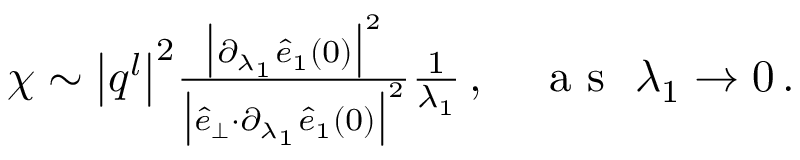
\begin{array} { r } { \chi \sim \big \vert \boldsymbol { q } ^ { l } \big \vert ^ { 2 } \frac { \big \vert \partial _ { \lambda _ { 1 } } \hat { e } _ { 1 } ( 0 ) \big \vert ^ { 2 } } { \big \vert \hat { e } _ { \perp } { \cdot } \partial _ { \lambda _ { 1 } } \hat { e } _ { 1 } ( 0 ) \big \vert ^ { 2 } } \frac { 1 } { \lambda _ { 1 } } \, , ~ ~ ~ \mathrm { ~ a ~ s ~ } ~ \lambda _ { 1 } \rightarrow 0 \, . } \end{array}